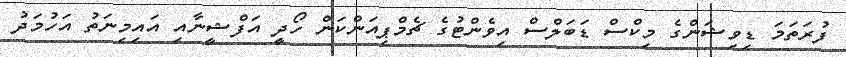
ފުރަތަމަ ޑިވިޝަންގެ މިކްސް ޑަބަލްސް އިވެންޓުގެ ޗެމްޕިއަންކަން ހޯދީ އަފްޝީނާއި އައިމިނަތު އަހުމަދު